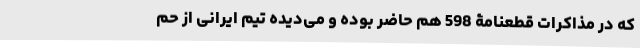
که در مذاکرات قطعنامۀ 598 هم حاضر بوده و می‌دیده تیم ایرانی از حم